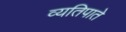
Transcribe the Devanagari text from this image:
व्यतिपाते